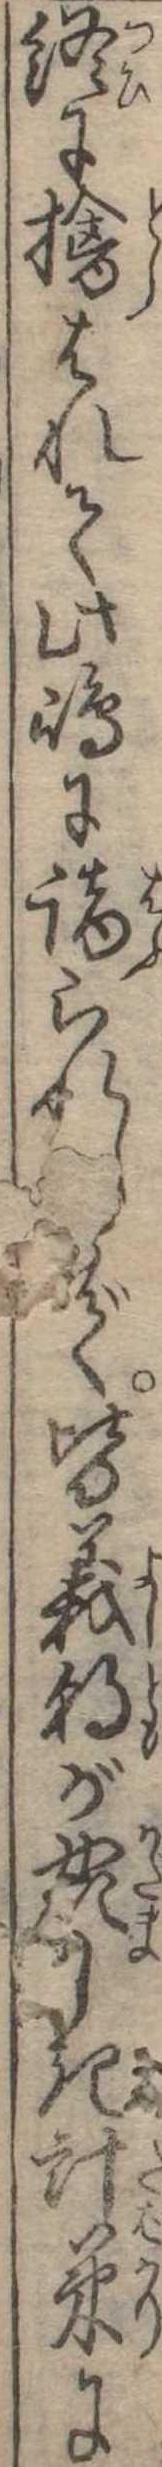
終に擒はれて此島に謫られしで皆義朝が奸しき計策に